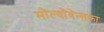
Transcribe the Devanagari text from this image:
मोल्दोवेन्सका